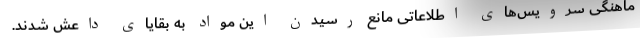
ماهنگی سرویس‌های اطلاعاتی مانع رسیدن این مواد به بقایای داعش شدند.